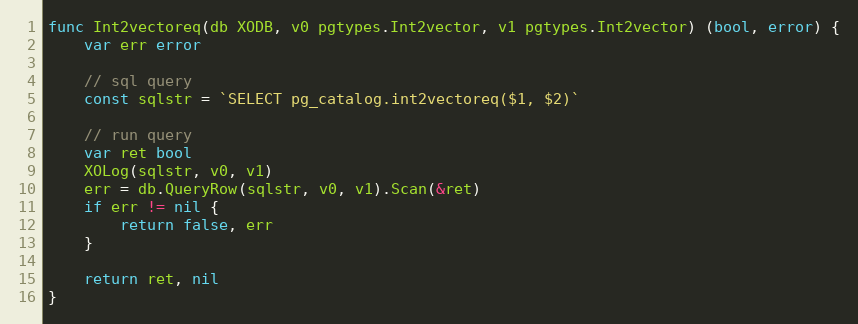
Language: Go
func Int2vectoreq(db XODB, v0 pgtypes.Int2vector, v1 pgtypes.Int2vector) (bool, error) {
	var err error

	// sql query
	const sqlstr = `SELECT pg_catalog.int2vectoreq($1, $2)`

	// run query
	var ret bool
	XOLog(sqlstr, v0, v1)
	err = db.QueryRow(sqlstr, v0, v1).Scan(&ret)
	if err != nil {
		return false, err
	}

	return ret, nil
}